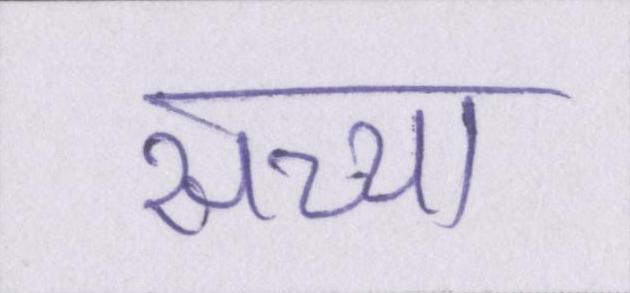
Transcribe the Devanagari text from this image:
सच्चा